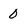
Character: 0